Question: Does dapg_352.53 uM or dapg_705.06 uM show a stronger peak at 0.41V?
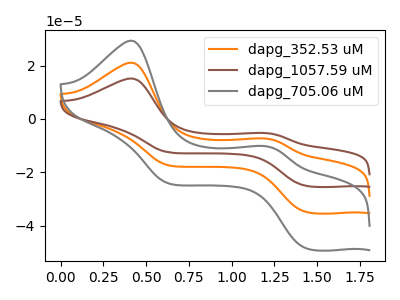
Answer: <think>The orange curve "dapg_352.53 uM" has anodic peaks at (0.40V, 21.10uA) (1.20V, -7.30uA) and cathodic peaks at (1.45V, -34.85uA) (0.65V, -17.35uA). The brown curve "dapg_1057.59 uM" has anodic peaks at (0.40V, 42.20uA) (1.20V, -14.60uA) and cathodic peaks at (1.45V, -69.70uA) (0.65V, -34.70uA). The gray curve "dapg_705.06 uM" has anodic peaks at (0.40V, 29.35uA) (1.20V, -10.15uA) and cathodic peaks at (1.45V, -48.45uA) (0.65V, -24.10uA).</think>
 <answer>The peak at 0.41V is lower in "dapg_352.53 uM" than in "dapg_705.06 uM".</answer>
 <eval>lower</eval>